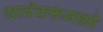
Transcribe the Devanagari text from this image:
यात्रेकरूंमध्ये